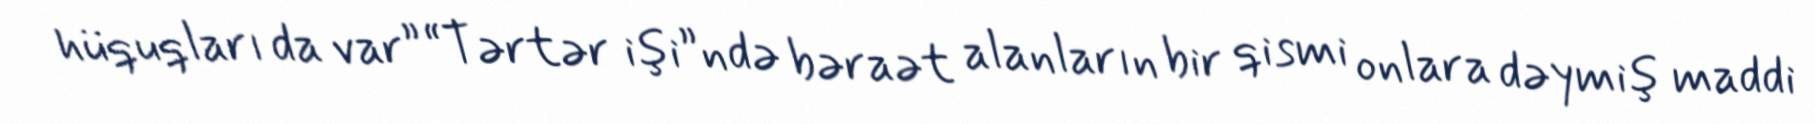
hüquqları da var” “Tərtər işi”ndə bəraət alanların bir qismi onlara dəymiş maddi